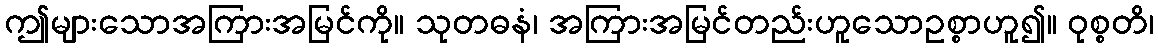
ဤများသောအကြားအမြင်ကို။ သုတဓနံ၊ အကြားအမြင်တည်းဟူသောဥစ္စာဟူ၍။ ဝုစ္စတိ၊